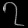
Digit: ၇